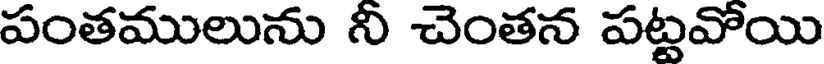
పంతములును నీ చెంతన పట్టవోయి